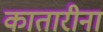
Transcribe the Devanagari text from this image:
कातारीना